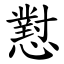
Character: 懟